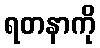
ရတနာကို